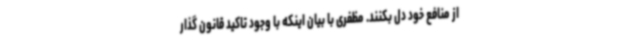
از منافع خود دل بکنند. مظفری با بیان اینکه با وجود تاکید قانون گذار